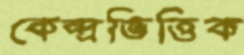
কেন্দ্রভিত্তিক